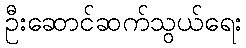
ဦးဆောင်ဆက်သွယ်ရေး